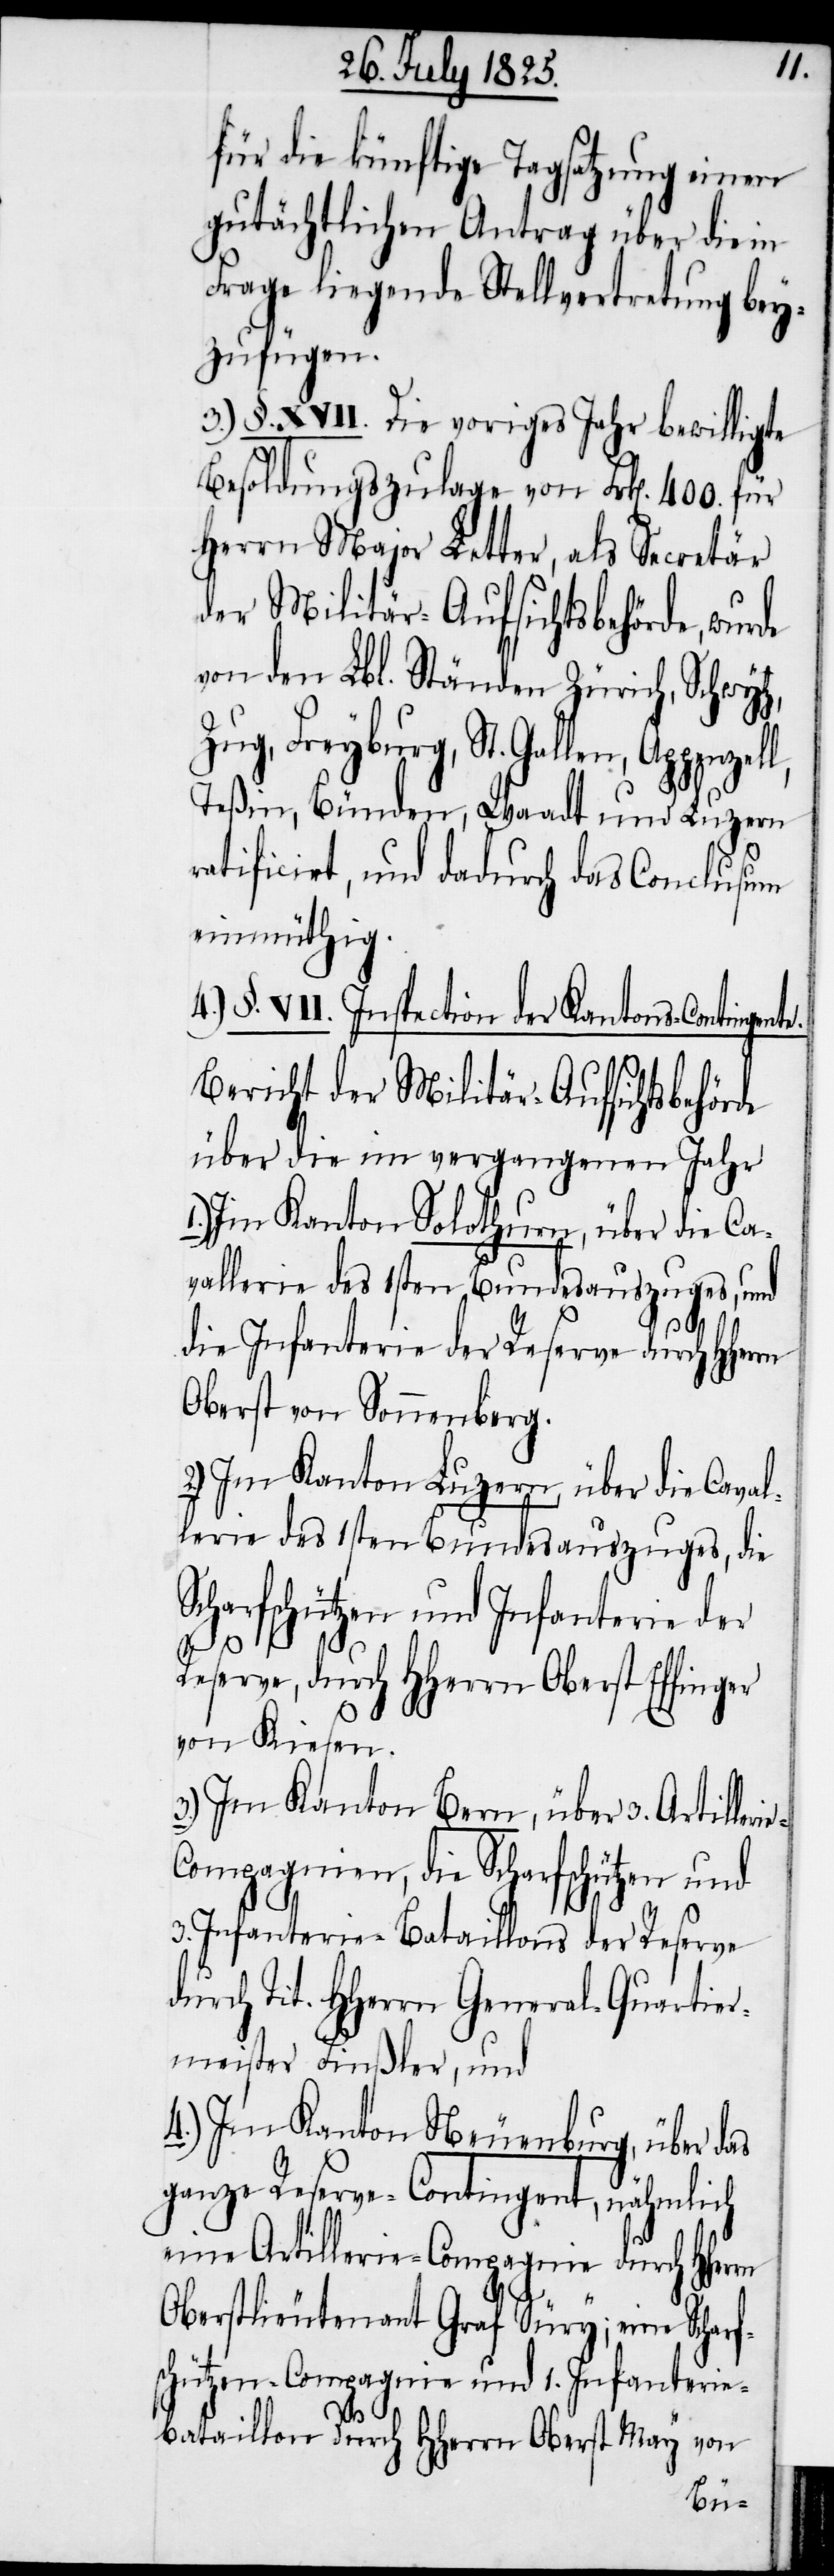
für die künftige Tagsatzung einen
gutächtlichen Antrag über die in
Frage liegende Stellvertretung bey¬
zufügen.
3.) §. XVII. Die voriges Jahr bewilligte
Besoldungszulage von Frk[en]. 400. für
Herrn Major Letter, als Secretär
der Militär-Aufsichtsbehörde, wurde
von den Lbl. Ständen Zürich, Schwytz,
Zug, Freyburg, St. Gallen,
Teßin, Bünden, Waadt und Luzern
ratificirt, und dadurch das Conclusum
einmüthig.
4.) §. VII. Inspection der Kantons-Contingent¬
Bericht der Militär-Aufsichtsbehörde
über die im vergangenen Jahr
1.) Im Kanton Solothurn, über die Ca¬
vallerie des 1sten Bundesauszuges, und
die Infanterie der Reserve durch Hherrn
Oberst von Sonnenberg.
2.) Im Kanton Luzern, über die Caval¬
lerie des 1sten Bundesauszuges, die
Scharfschützen und Infanterie der
Reserve, durch HHerrn Oberst Effinger
von Kiesen.
3.) Im Kanton Bern, über 3. Artilleri¬
e-Compagnien, die Scharfschützen und
3. Infanterie-Bataillons der Reserve
durch Tit. HHerrn General-Quartier¬
meister Finßler, und
4.) Im Kanton Neuenburg, über das
ganze Reserve-Contingent, nähmlich
eine Artillerie-Compagnie durch HHe¬
Oberstlieutenant Graf Süry, eine Schar¬
fschützen-Compagnie und 1. Infanterie¬
rrn
e.
bataillon durch HHerrn Oberst May von